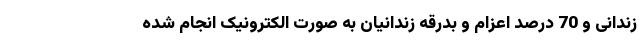
زندانی و 70 درصد اعزام و بدرقه زندانیان به صورت الکترونیک انجام شده